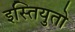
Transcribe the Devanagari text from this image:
इस्तियुतो